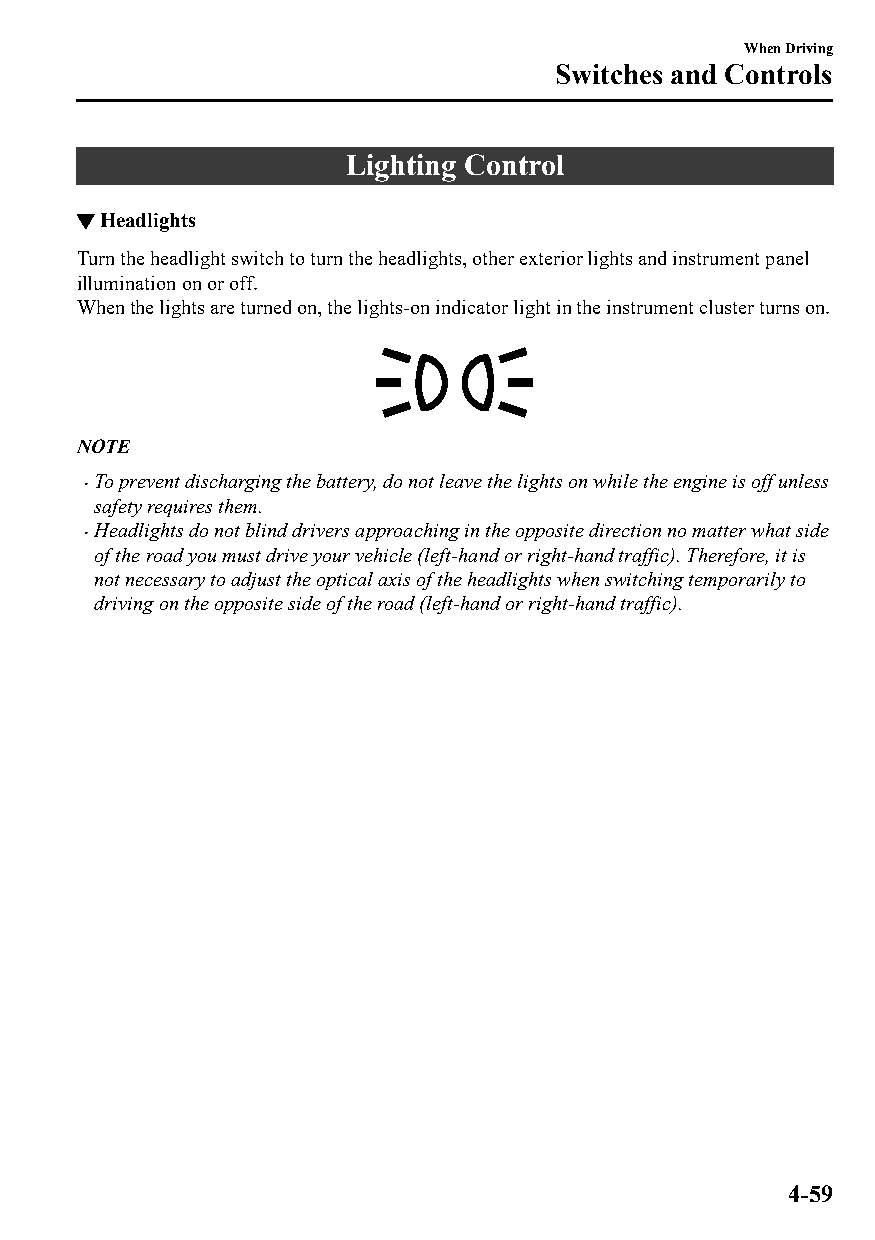
When Driving
 Switches and Controls
 Lighting Control
 ▼Headlights
 Turn the headlight switch to turn the headlights, other exterior lights and instrument panel
 illumination on or off.
 When the lights are turned on, the lights-on indicator light in the instrument cluster turns on.
 NOTE
 To prevent discharging the battery, do not leave the lights on while the engine is off unless
 
 safety requires them.
 Headlights do not blind drivers approaching in the opposite direction no matter what side
 
 of the road you must drive your vehicle (left-hand or right-hand traffic). Therefore, it is
 not necessary to adjust the optical axis of the headlights when switching temporarily to
 driving on the opposite side of the road (left-hand or right-hand traffic).
 4-59
 CX-3_8GT4-EE-18D_Edition4                  2018-9-6 18:32:19